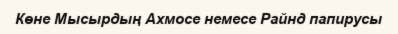
Көне Мысырдың Ахмосе немесе Райнд папирусы